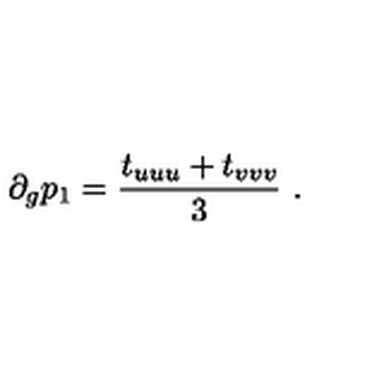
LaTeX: \partial _ { g } p _ { 1 } = { \frac { t _ { u u u } + t _ { v v v } } { 3 } } \ .